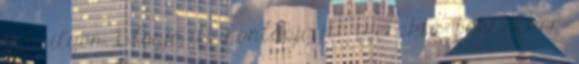
nem ilyen. Blogja itt, honlapja itt. iderakta: feki ekkor: